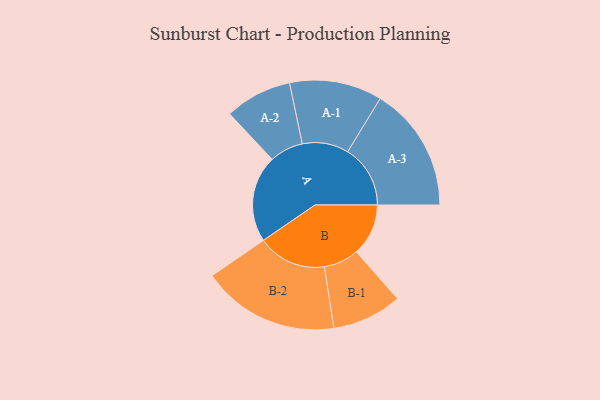
{"axis": {"x": "Segment", "y": "Value"}, "legend": ["", "A", "B"], "data": [{"x": "A", "y": 368, "type": ""}, {"x": "B", "y": 220, "type": ""}, {"x": "A-1", "y": 196, "type": "A"}, {"x": "A-2", "y": 142, "type": "A"}, {"x": "A-3", "y": 265, "type": "A"}, {"x": "B-1", "y": 148, "type": "B"}, {"x": "B-2", "y": 291, "type": "B"}]}